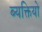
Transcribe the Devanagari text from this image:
ब्यक्तियो